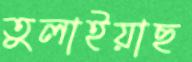
তুলাইয়াছ